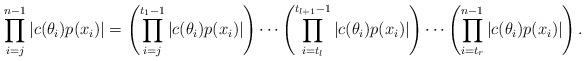
LaTeX: \begin{align*}\prod \limits_{i=j}^{n-1} |c(\theta_i)p(x_i)| = \left( \prod \limits_{i=j}^{t_1 - 1} |c(\theta_i)p(x_i)| \right) \cdots\left( \prod \limits_{i=t_l}^{t_{l+1} - 1} |c(\theta_i)p(x_i)| \right) \cdots \left( \prod \limits_{i=t_r}^{n - 1} |c(\theta_i)p(x_i)| \right).\end{align*}